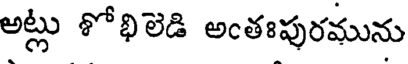
అట్లు శోభిలెడి అఁతఃపురమును